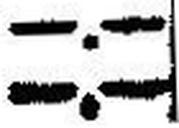
—.—